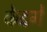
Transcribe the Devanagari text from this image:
केदगें